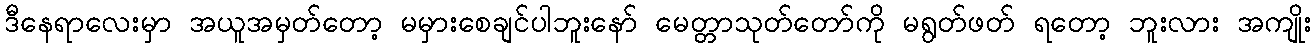
ဒီနေရာလေးမှာ အယူအမှတ်တော့ မမှားစေချင်ပါဘူးနော် မေတ္တာသုတ်တော်ကို မရွတ်ဖတ် ရတော့ ဘူးလား အကျိုး